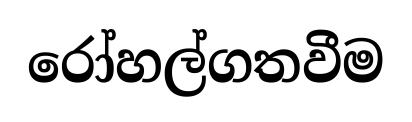
රෝහල්ගතවීම